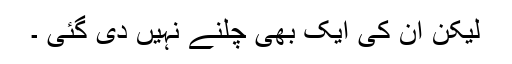
لیکن ان کی ایک بھی چلنے نہیں دی گئی ۔